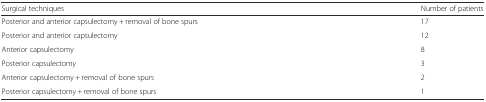
| Surgical techniques | Number of patients |
 | --- | --- |
 | Posterior and anterior capsulectomy + removal of bone spurs | 17 |
 | Posterior and anterior capsulectomy | 12 |
 | Anterior capsulectomy | 8 |
 | Posterior capsulectomy | 3 |
 | Anterior capsulectomy + removal of bone spurs | 2 |
 | Posterior capsulectomy + removal of bone spurs | 1 |